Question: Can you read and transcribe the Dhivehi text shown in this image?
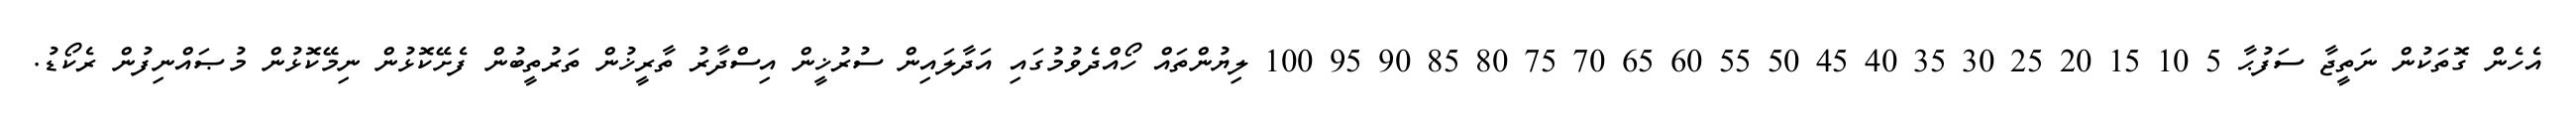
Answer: އެހެން ގޮތަކުން ނަތީޖާ ސަފުޙާ 5 10 15 20 25 30 35 40 45 50 55 60 65 70 75 80 85 90 95 100 ލިޔުންތައް ހޯއްދެވުމުގައި އަދާލައިން ސުރުޚީން އިސްދާރު ތާރީޚުން ތަރުތީބުން ފެށޭކޮޅުން ނިމޭކޮޅުން މުޞައްނިފުން ރެކޯޑު.